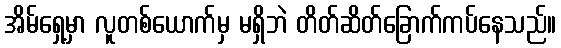
အိမ်ရှေ့မှာ လူတစ်ယောက်မှ မရှိဘဲ တိတ်ဆိတ်ခြောက်ကပ်နေသည်။